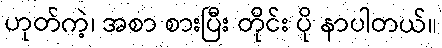
ဟုတ်ကဲ့၊ အစာ စားပြီး တိုင်း ပို နာပါတယ်။